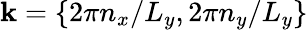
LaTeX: \mathbf{k}=\{ 2\pi n_{x}/L_{y},{2}\pi n_{y}/L_{y}\}